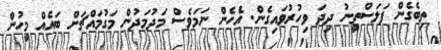
ތިބެގެން ފަލަސްތީނު ދިދަ ވިހުރުވައިގެން. އެހެން ނަމަވެސް މަދުމަދުން މަގުމައްޗަށް ބައެއް މީހުން